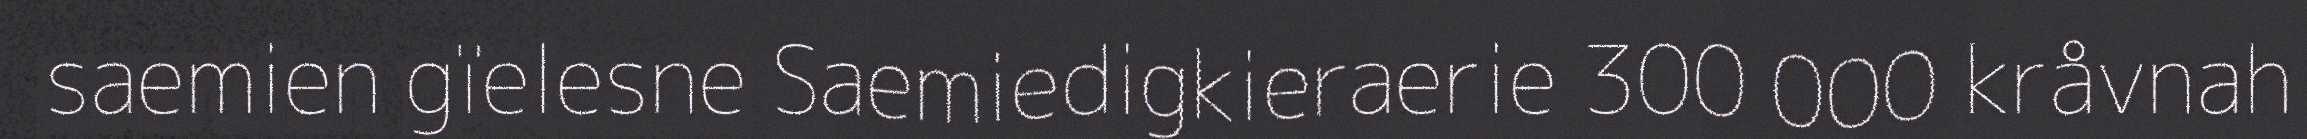
saemien gïelesne Saemiedigkieraerie 300 000 kråvnah